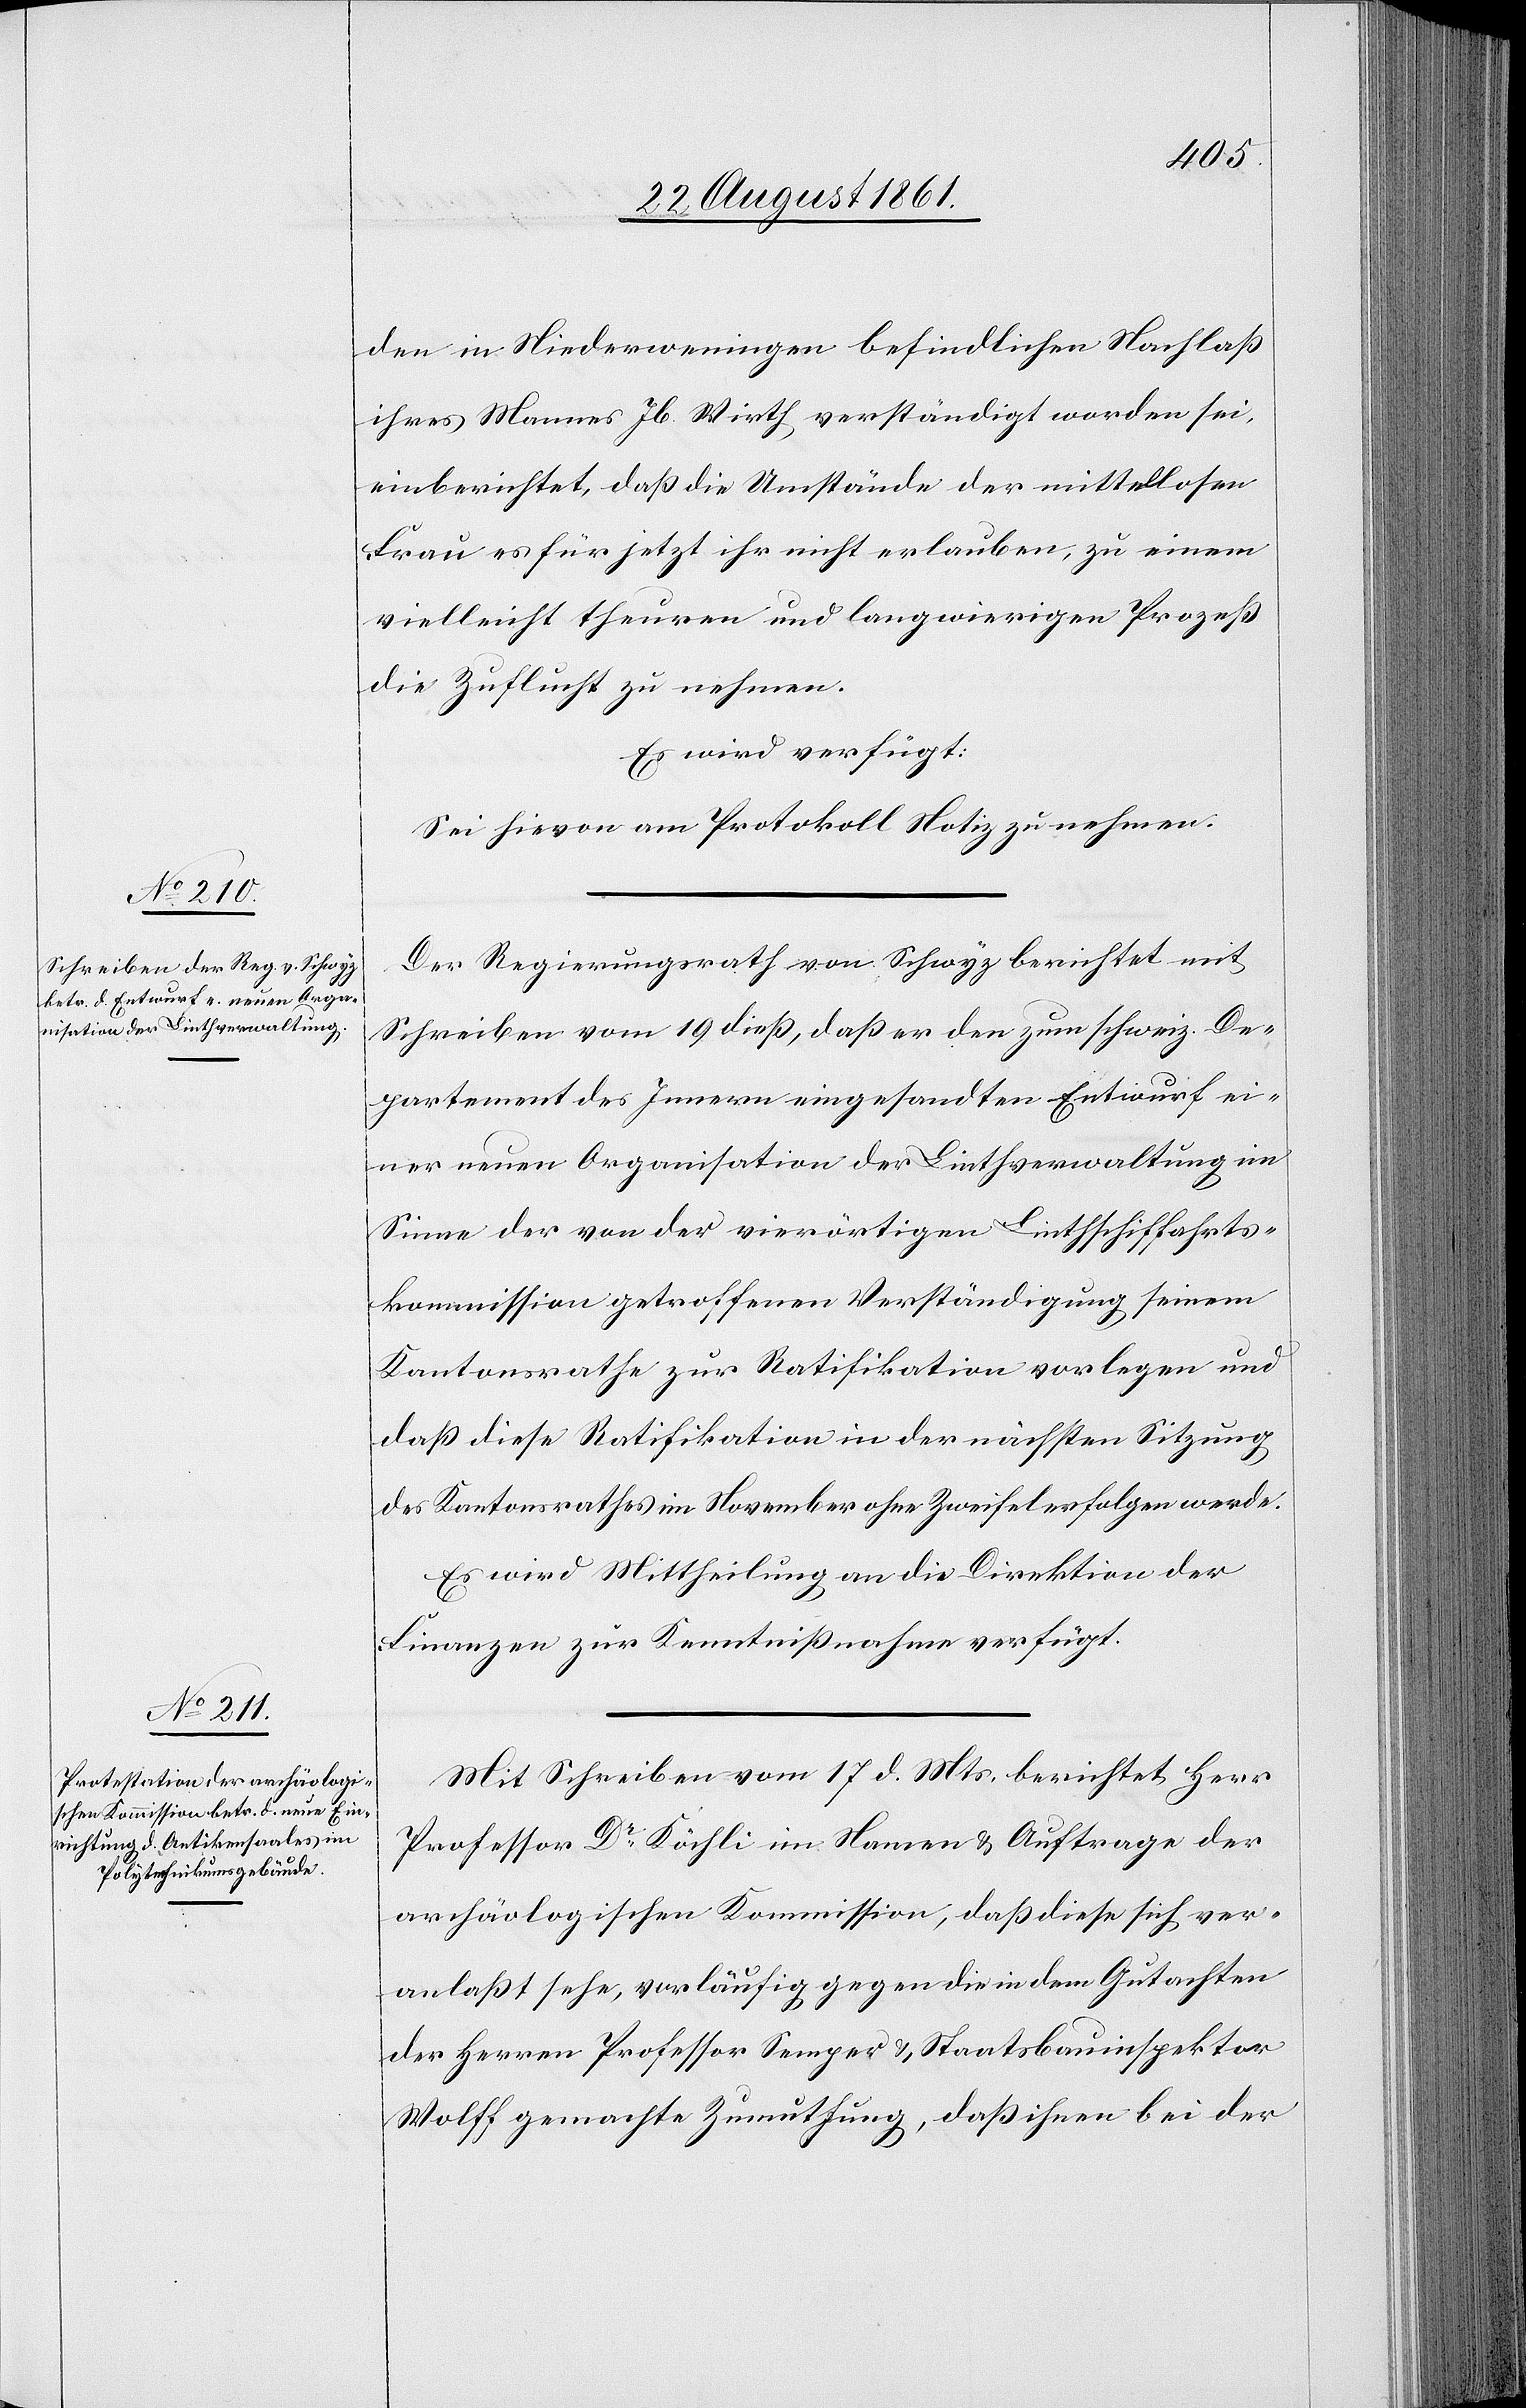
den in Niederweningen befindlichen Nachlaß
ihres Mannes Jb. Wirth, verständigt worden sei,
einberichtet, daß die Umstände der mittellosen
Frau es für jetzt ihr nicht erlauben, zu einem
vielleicht theuren und langwierigen Prozeß
die Zuflucht zu nehmen.
Es wird verfügt:
Sei hievon am Protokoll Notiz zu nehmen.
Der Regierungsrath von Schwyz berichtet mit
Schreiben vom 19 dieß, daß er den zum schweiz. De¬
partement des Innern eingesandten Entwurf ei¬
ner neuen Organisation der Linthverwaltung im
Sinne der von der vierstündigen Linthschiffahrts¬
kommission getroffenen Verständigung seinem
Kantonsrathe zur Ratifikation vorlegen und
daß diese Ratifikation in der nächsten Sitzung
des Kantonsrathes im November ohne Zweifel erfolgen werde.
Es wird Mittheilung an die Direktion der
Finanzen zur Kenntnißnahme verfügt.
Mit Schreiben vom 17 d. Mts. berichtet Herr
Professor Dr Köchli im Namen u. Auftrage der
archäologischen Kommission, daß diese sich ver¬
anlaßt sehe, vorläufig gegen die in dem Gutachten
der Herren Professor Semper u. Staatsbauinspektor
Wolff gemachte Zumuthung, daß ihnen bei der